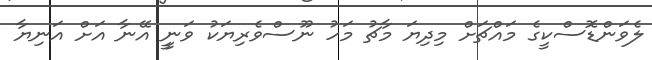
ލެވަންޑޮސްކީގެ މައްޗަށް މިދިޔަ މާޗު މަހު ނޫސްވެރިޔަކު ވަނީީ އޭނާ އަށް އަނިޔާ